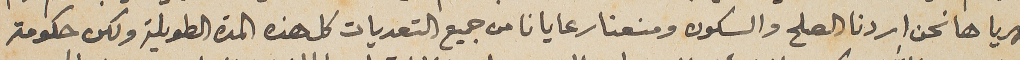
ظهريا ها نحن اردنا الصلح والسكون ومنعنا رعايانا من جميع التعديات كل هذه المدة الطويلة ولكن حكومة